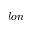
l o n